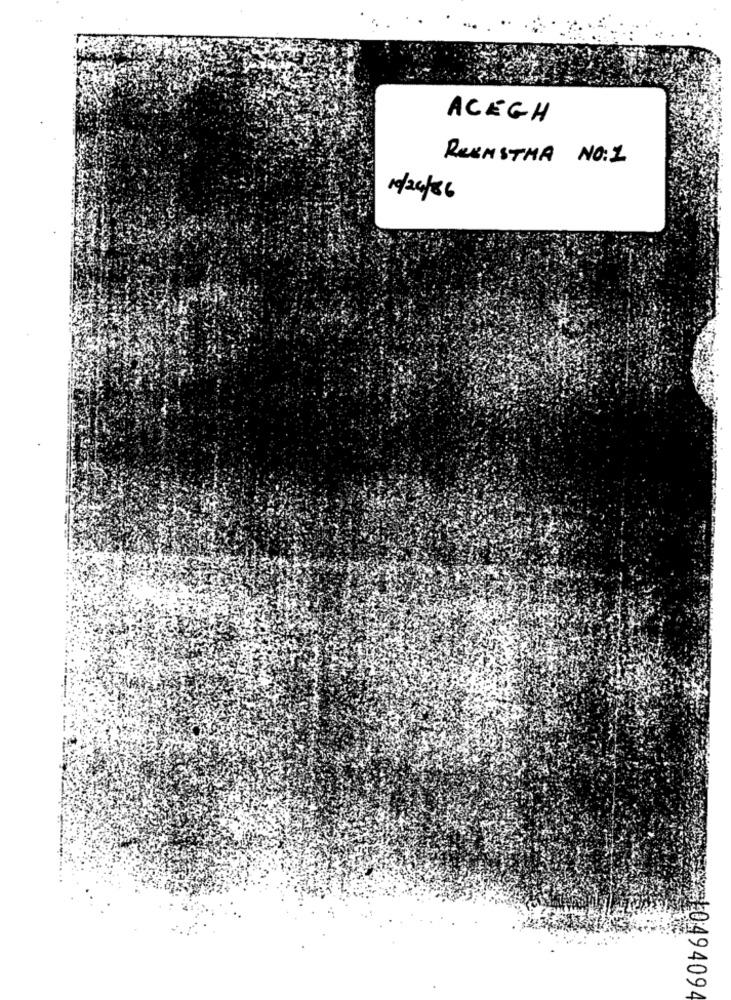
ACEGH
ReEMSTHA NO:1
19/26/86
0494094